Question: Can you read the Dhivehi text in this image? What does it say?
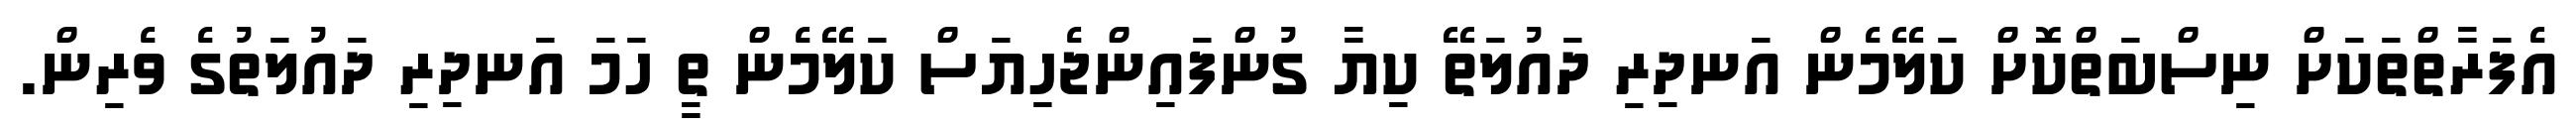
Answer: އެފަރާތްތަކަށް ނިސްބަތްކޮށް ކަލޭމެން އަނދިރި ދައުލަތޭ ކިޔާ ގުންފައިންޖެހިޔަސް ކަލޭމެން ތީ ހަމަ އަނދިރި ދައުލަތުގެ ވެރިން.